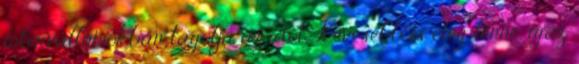
intervallumokban tagolja az időt. Kevesebb is elég lenne, igaz,